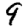
Digit: 9